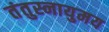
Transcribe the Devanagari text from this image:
तंतुस्नायुमय